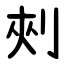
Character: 㓨